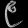
Digit: ၉